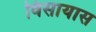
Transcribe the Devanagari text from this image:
विसायास